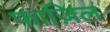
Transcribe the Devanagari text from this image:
फाज़िल